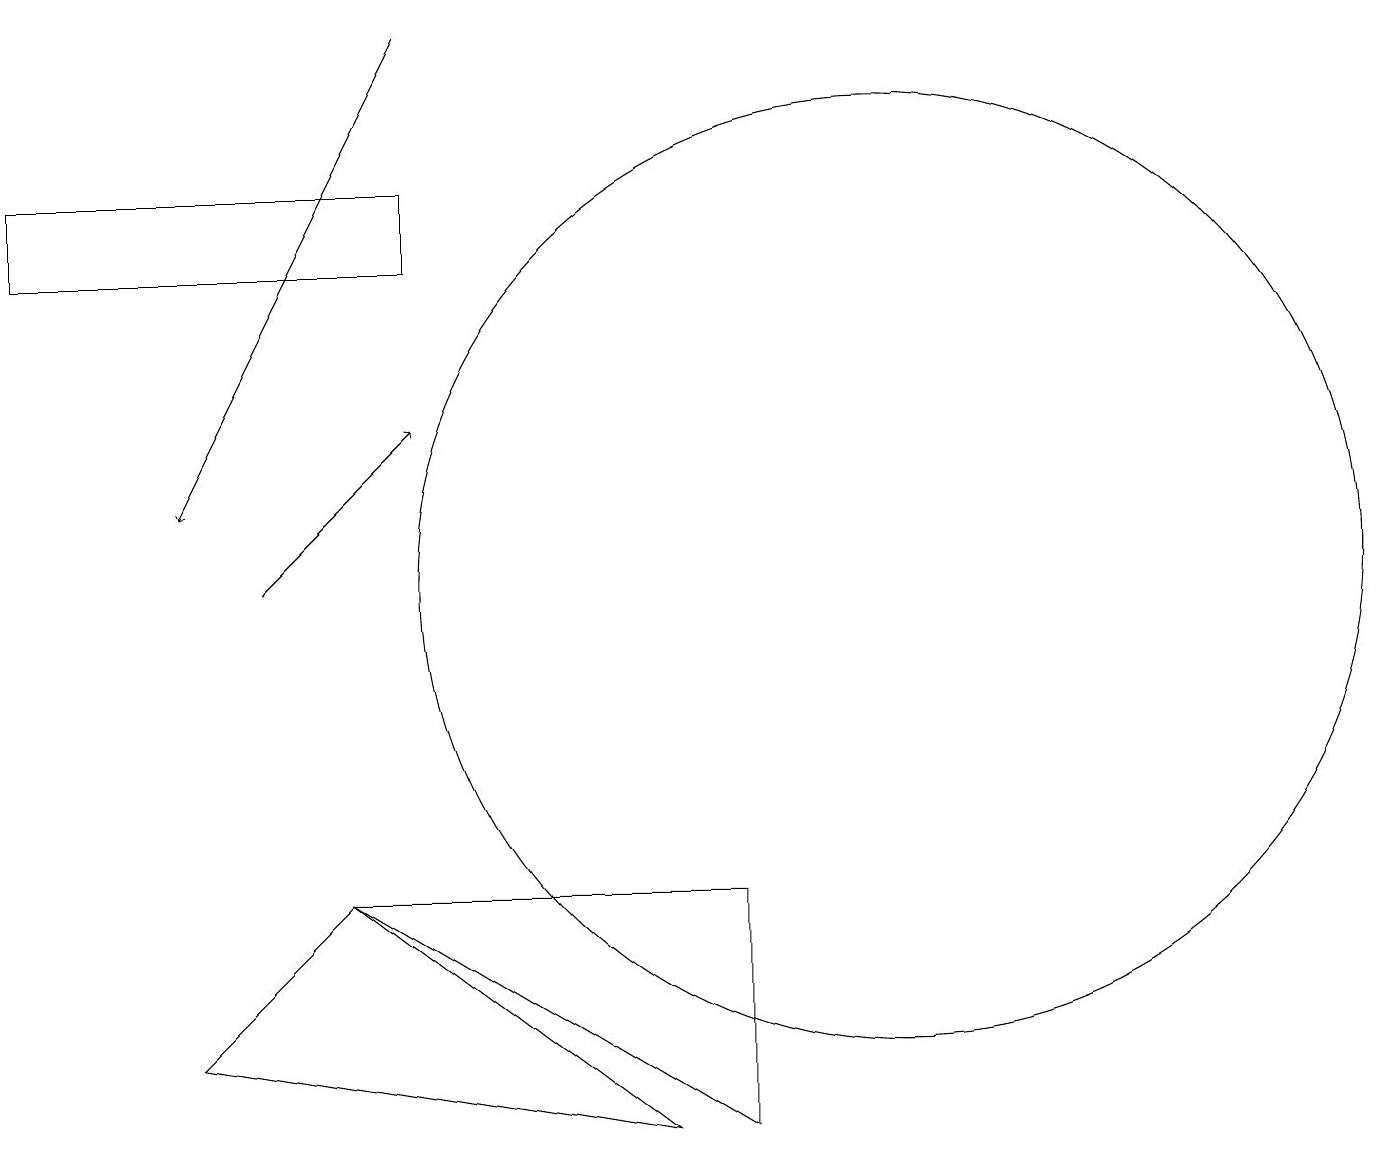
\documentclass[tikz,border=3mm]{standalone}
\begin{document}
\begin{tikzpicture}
\draw[->] (3,10) -- (5,12);
\draw (4,6) -- (8,3) -- (2,4) -- cycle;
\draw (9,3) -- (9,6) -- (4,6) -- cycle;
\draw (11,10) circle (6);
\draw (11,12) circle (0);
\draw (0,15) rectangle (5,14);
\draw[->] (5,17) -- (2,11);
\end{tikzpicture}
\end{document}